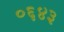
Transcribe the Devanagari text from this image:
०६४३